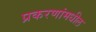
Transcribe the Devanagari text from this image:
प्रकरणांमधील